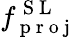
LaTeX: f_{\mathrm{~p~r~o~j~}}^{\mathrm{~S~L~}}